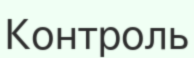
Контроль